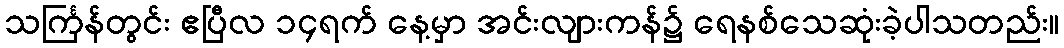
သင်္ကြန်တွင်း ဧပြီလ ၁၄ရက် နေ့မှာ အင်းလျားကန်၌ ရေနစ်သေဆုံးခဲ့ပါသတည်း။